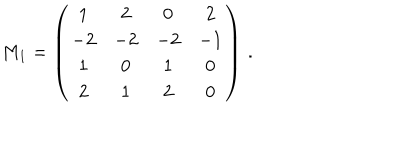
LaTeX: M _ { 1 } = \left( \begin{array} { c c c c } { { 1 } } & { { 2 } } & { { 0 } } & { { 2 } } \\ { { - 2 } } & { { - 2 } } & { { - 2 } } & { { - 1 } } \\ { { 1 } } & { { 0 } } & { { 1 } } & { { 0 } } \\ { { 2 } } & { { 1 } } & { { 2 } } & { { 0 } } \\ \end{array} \right) \, .